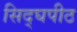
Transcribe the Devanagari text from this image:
सिद्घपीठ